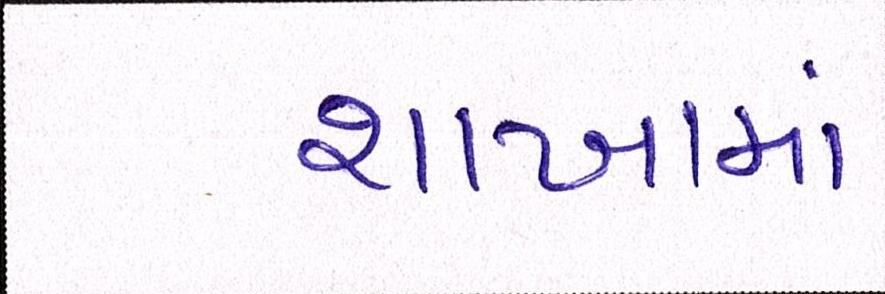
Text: શાખામાં